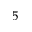
5